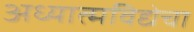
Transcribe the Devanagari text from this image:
अध्यात्मविद्येचा